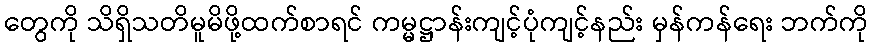
တွေကို သိရှိသတိမူမိဖို့ထက်စာရင် ကမ္မဋ္ဌာန်းကျင့်ပုံကျင့်နည်း မှန်ကန်ရေး ဘက်ကို